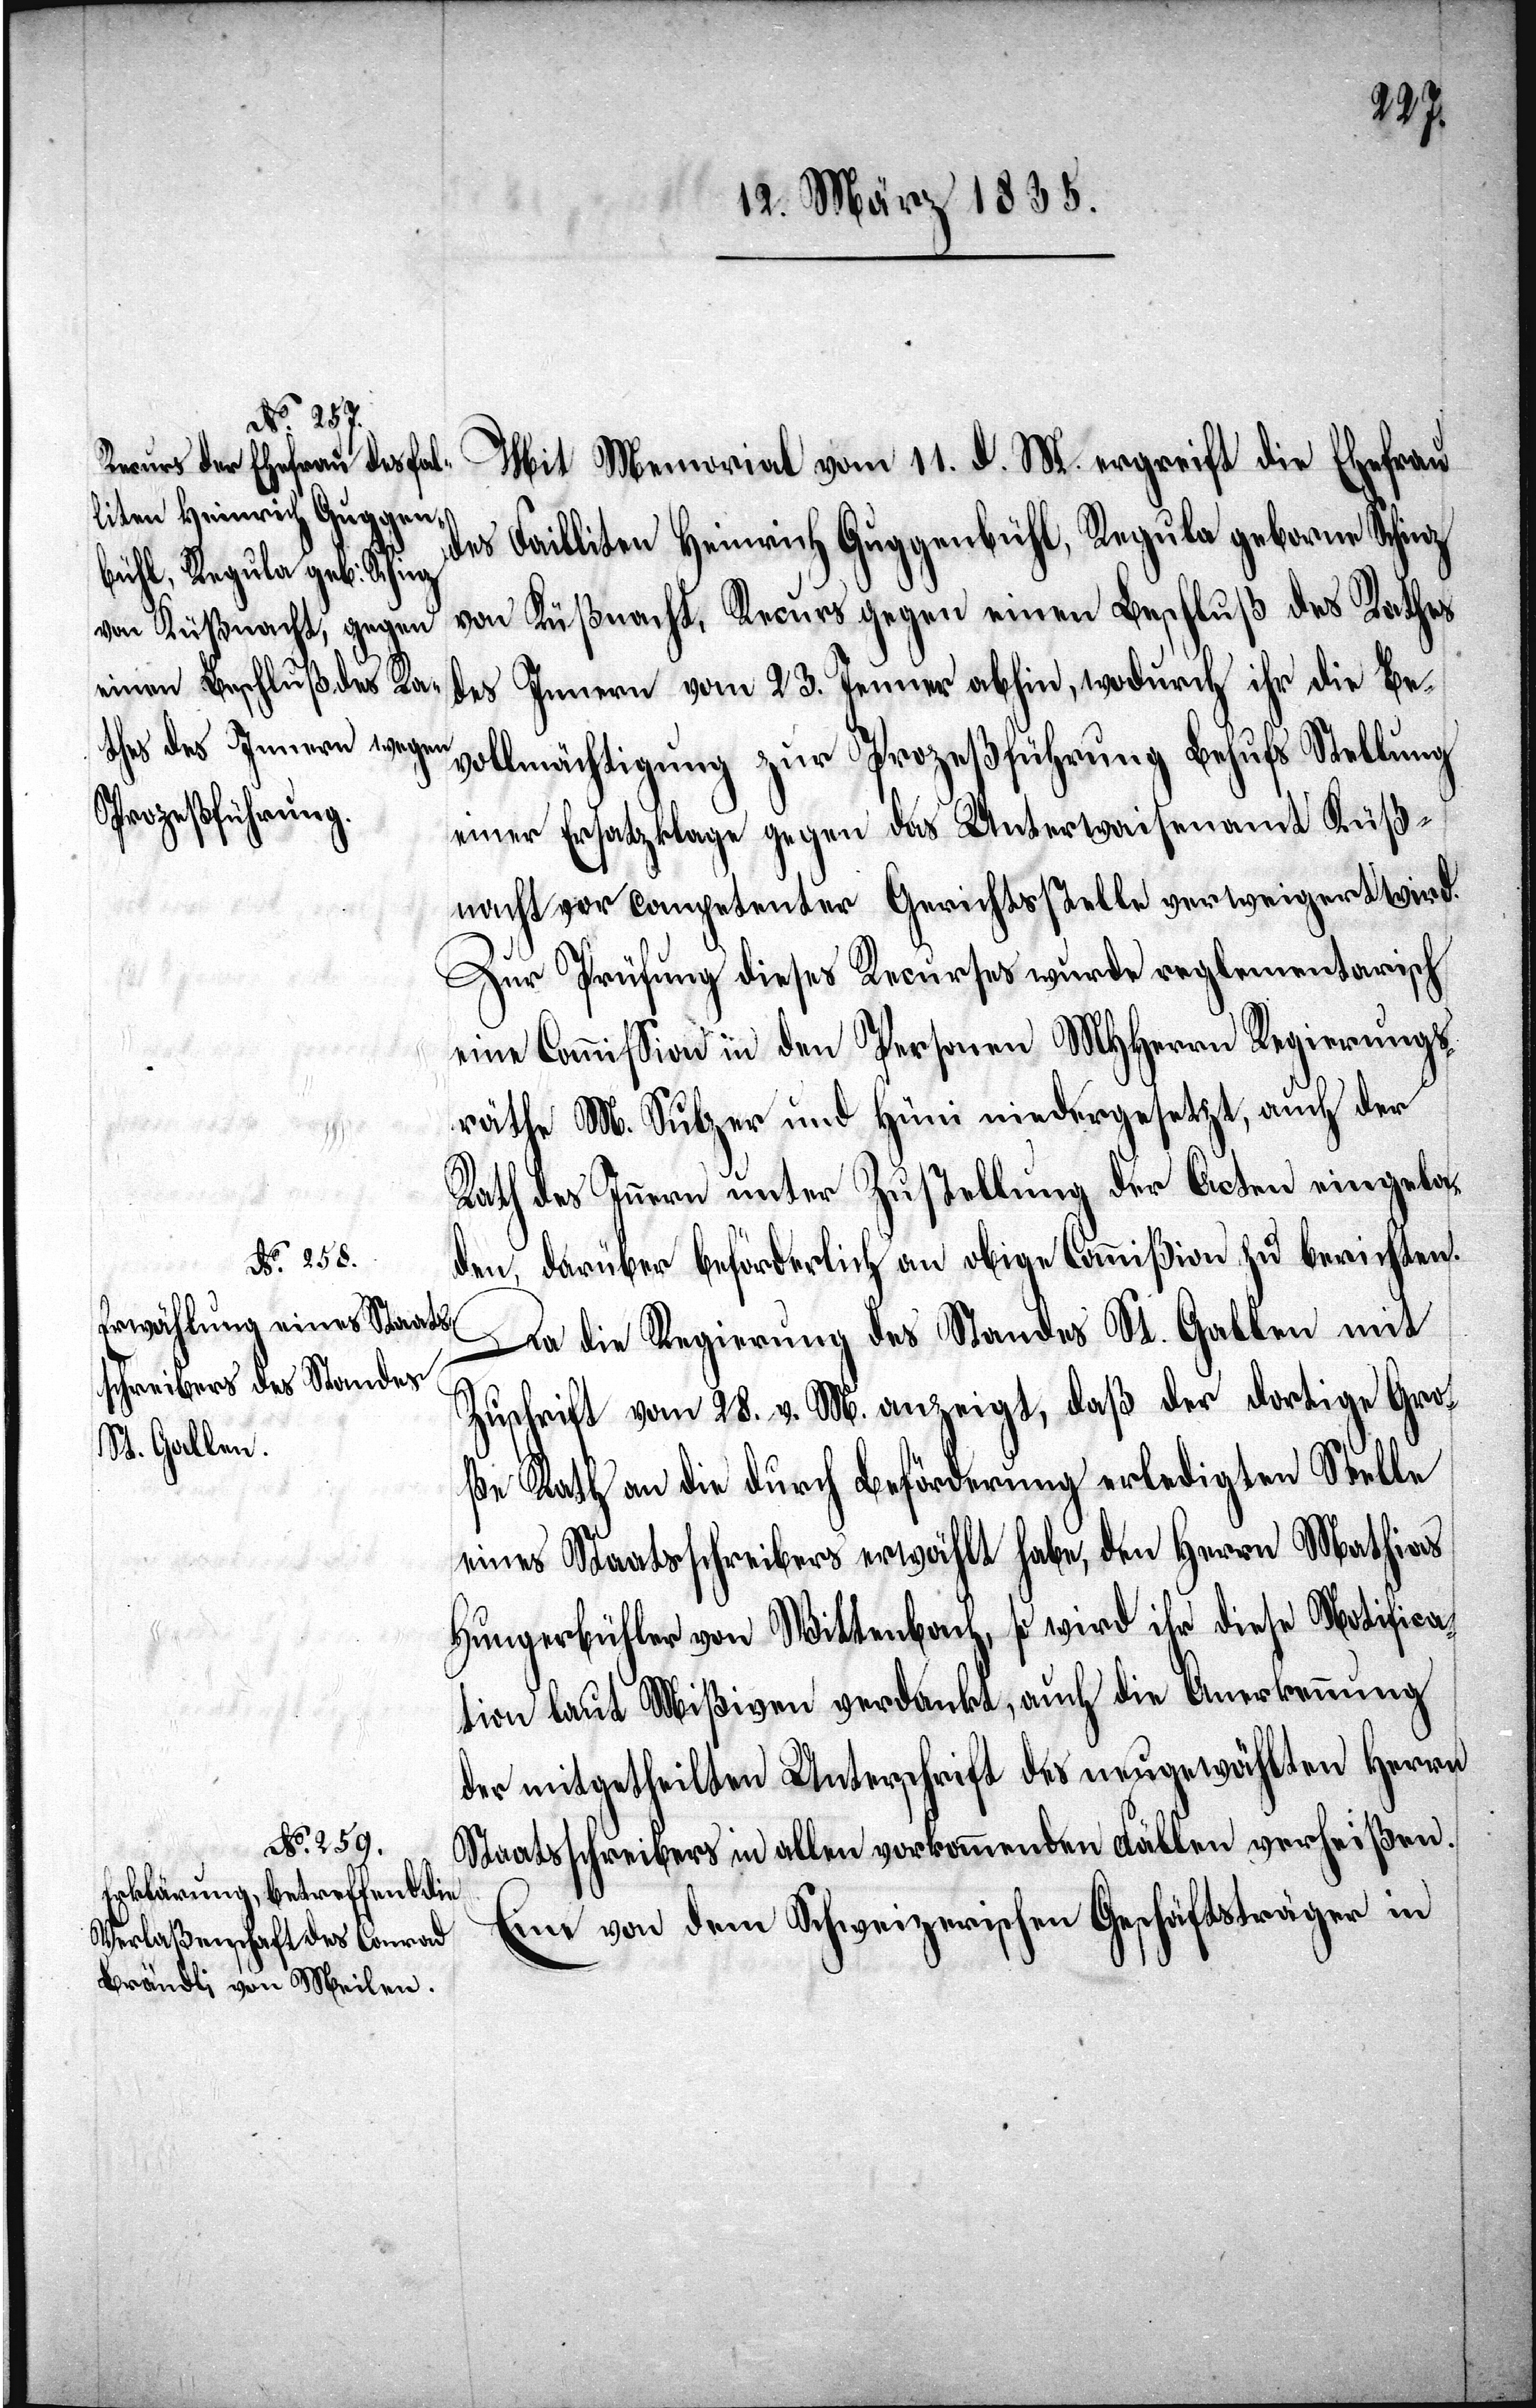
Mit Memorial vom 11. d. M. ergreift die Ehefrau
des Failliten Heinrich Guggenbühl, Regula geborene Schinz
von Küßnacht, Recurs gegen einen Beschluß des Rathes
des Innern vom 23. Januar abhin, wodurch ihr die Be¬
vollmächtigung zur Prozeßführung Behufs Stellung
einer Ersatzklage gegen das Unterwaisenamt Küß¬
nacht vor competenter Gerichtsstelle verweigert wird.
Zur Prüfung dieses Recurses wurde reglementarisch
eine Commißion in den Personen MHHerrn Regierungs¬
räthe M. Sulzer und Hüni niedergesetzt, auch der
Rath des Innern unter Zustellung der Acten eingela¬
den, darüber beförderlich an obige Commißion zu berichten.
Da die Regierung des Standes St. Gallen mit
Zuschrift vom 28. v. M. anzeigt, daß der dortige Gro¬
ße Rath an die durch Beförderung erledigten Stelle
eines Staatsschreibers erwählt habe, den Herrn Mathias
Hungerbühler von Wittenbach, so wird ihr diese Notifica¬
tion laut Mißiven verdankt, auch die Anerkennung
der mitgetheilten Unterschrift des neugewählten Herrn
Staatsschreibers in allen vorkommenden Fällen verheißen.
Eine von dem Schweizerischen Geschäftsträger in